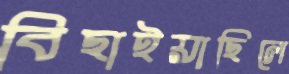
বিছাইয়াছিলে